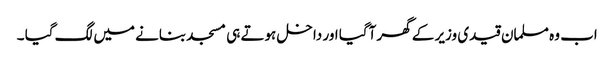
اب وہ مسلمان قیدی وزیر کے گھر آگیا اور داخل ہوتے ہی مسجد بنانے میں لگ گیا ۔